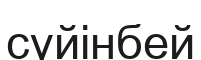
сүйінбей